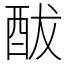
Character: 䣮